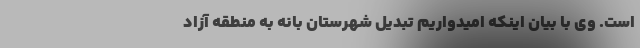
است. وی با بیان اینکه امیدواریم تبدیل شهرستان بانه به منطقه آزاد